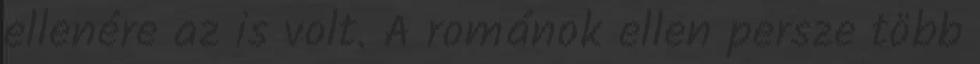
ellenére az is volt. A románok ellen persze több